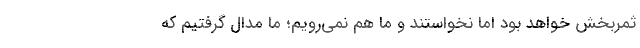
ثمربخش خواهد بود اما نخواستند و ما هم نمی‌رویم؛ ما مدال گرفتیم که